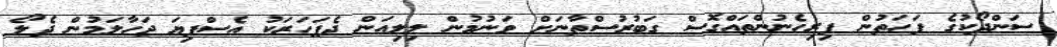
ސަންދޯކުގެ ފަހަތުން ފިރިހެނުންތައްގޮސް ގަބުރުސްތާނަށް ވަނުމުން ލިލިއަން ދެފަހަރަކު އެސްފިޔަ ޖަހާލަމުން ދެލޯ